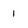
Character: 1